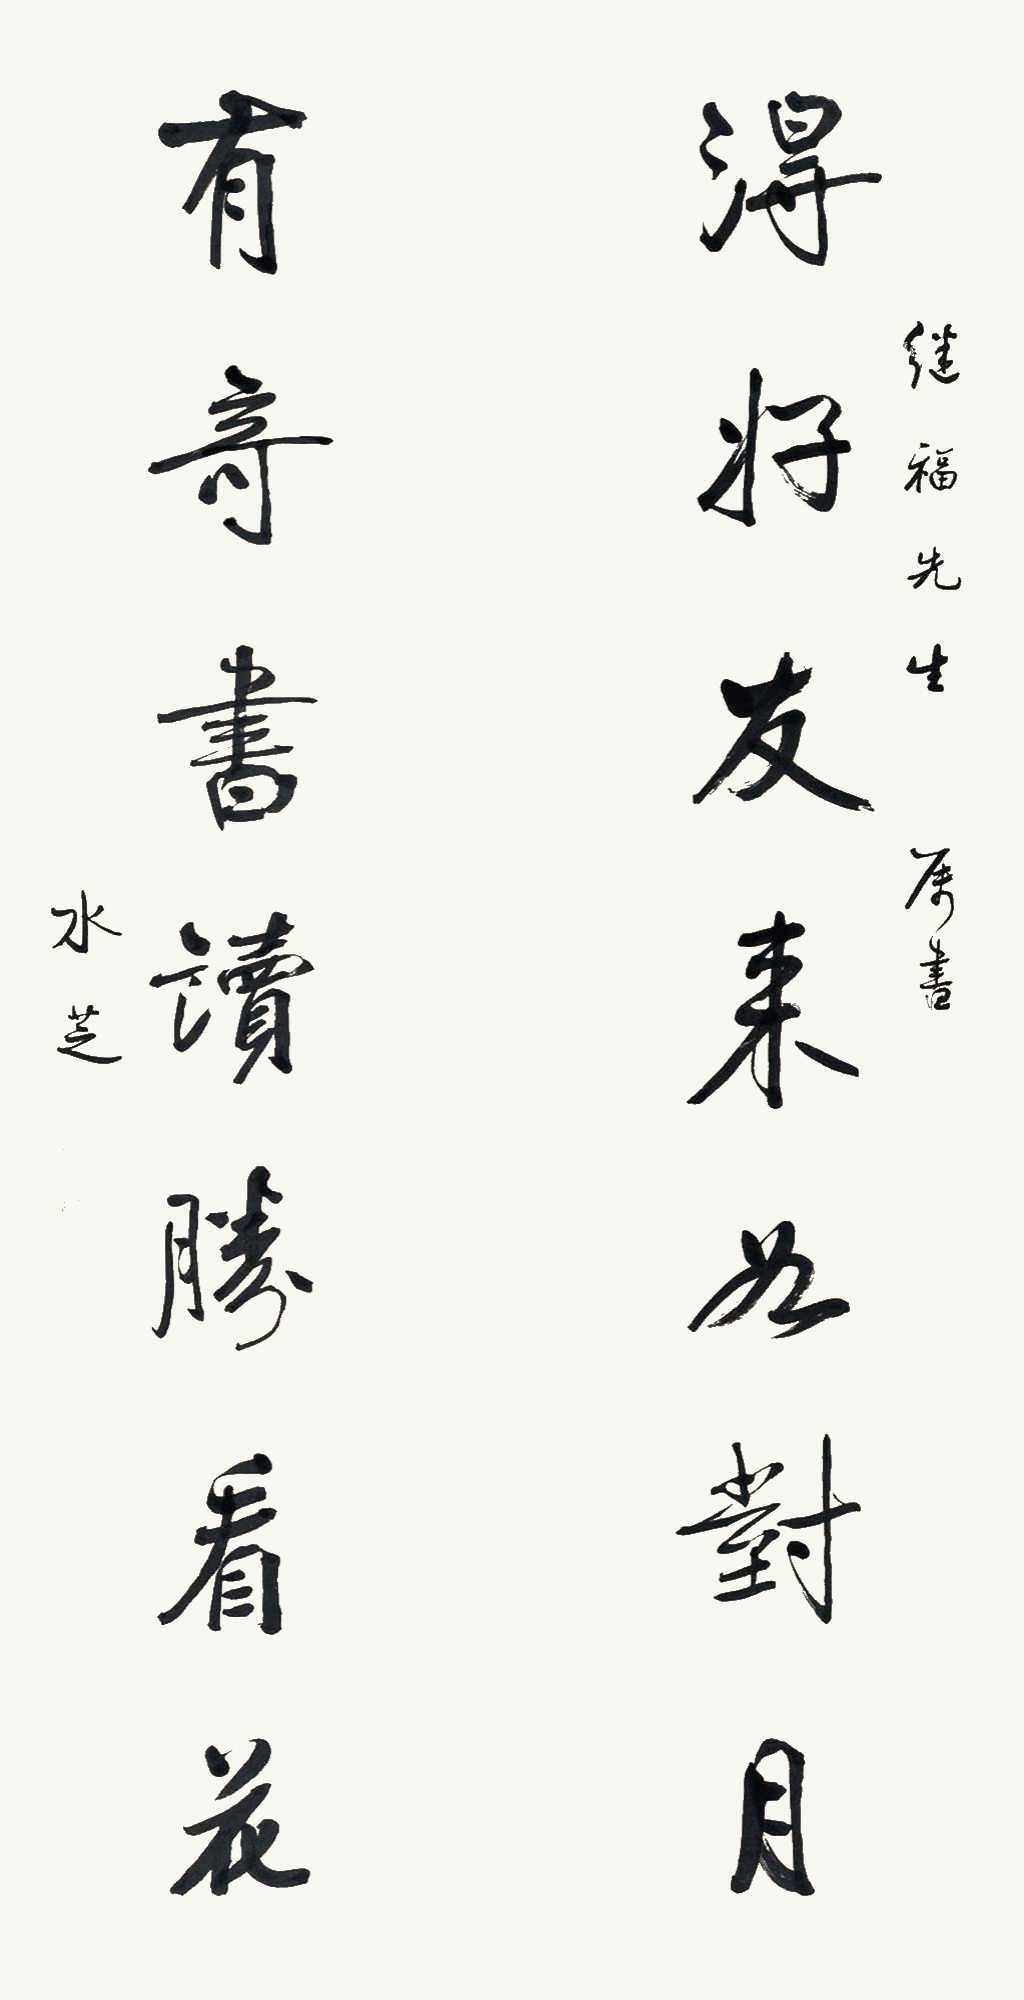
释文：得好友来如对月，有奇书读胜看花。继福先生属书，水芝。